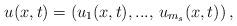
LaTeX: \begin{align*}u(x,t)=\left(u_{1}(x,t),...,\,u_{m_{s}}(x,t)\right),\end{align*}